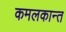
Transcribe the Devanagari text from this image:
कमलकान्त